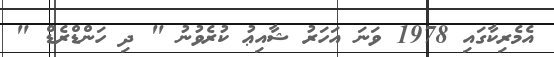
އެމެރިކާގައި 1978 ވަނަ އަހަރު ޝާއިޢު ކުރެވުނު " ދި ހަންޑްރެޑް "